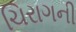
ચિરાગની